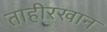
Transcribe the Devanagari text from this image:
ताहीरखान